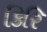
કિરિ